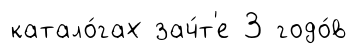
катало́гах зач́т'е 3 годо́в